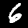
Label: 6